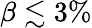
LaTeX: \beta\lesssim 3\%